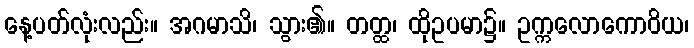
နေ့ပတ်လုံးလည်း။ အဂမာသိ၊ သွား၏။ တတ္ထ၊ ထိုဥပမာ၌။ ဥက္ကလောကောဝိယ၊